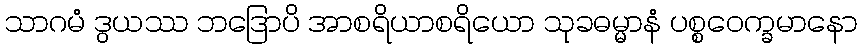
သာဂမံ ဒွယဿ ဘဒြောပိ အာစရိယာစရိယော သုခဓမ္မာနံ ပစ္စဝေက္ခမာနော